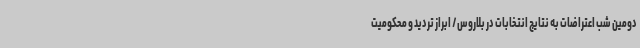
دومین شب اعتراضات به نتایج انتخابات در بلاروس/ ابراز تردید و محکومیت